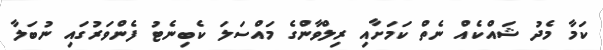
ކަމާ މެދު ޝައްކެއް ނެތް ކަމަށާއި ރިލްވާންގެ މައްސަލަ ކެބިނެޓު ފެންވަރުގައި ނުބަލާ